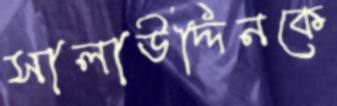
সালাউদ্দিনকে